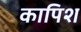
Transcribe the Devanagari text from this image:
कापिश